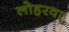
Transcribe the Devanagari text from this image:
लोहरवा